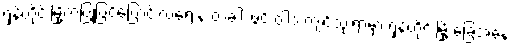
ရှန်ဟိုင်းမြို့ကပြုပြင်ပြောင်းလဲရေးနဲ့ တံခါး ဖွင့် ဝါဒ ကျင့်သုံးရာမှာ ရှန်ဟိုင်းမြို့ ခြေအနေ